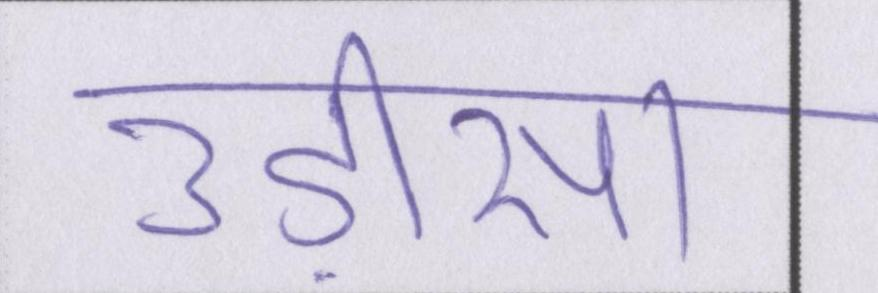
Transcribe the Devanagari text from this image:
उड़ीसा